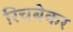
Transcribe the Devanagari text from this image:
रिचबेकर